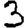
Digit: 3